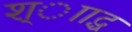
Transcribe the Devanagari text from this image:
श्ााद्ध